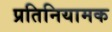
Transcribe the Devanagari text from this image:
प्रतिनियामक